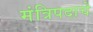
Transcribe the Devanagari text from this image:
मंत्रिपदाचे